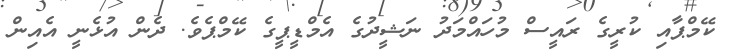
ކޭމްޕާއި ކުރީގެ ރައީސް މުހައްމަދު ނަޝީދުގެ އެމްޑީޕީގެ ކޭމްޕެވެ. ދެން އުޅެނީ އެއިން